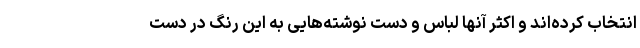
انتخاب کرده‌اند و اکثر آنها لباس و دست نوشته‌هایی به این رنگ در دست